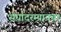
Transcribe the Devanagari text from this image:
संघांदरम्यानचा